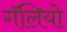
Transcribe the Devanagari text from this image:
गॅलियो